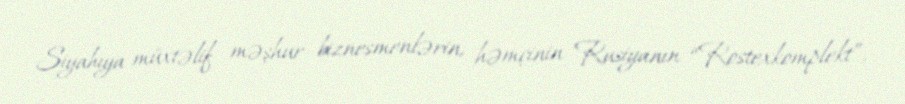
Siyahıya müxtəlif məşhur biznesmenlərin, həmçinin Rusiyanın “Rostexkomplekt”,